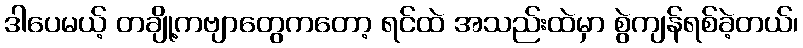
ဒါပေမယ့် တချို့ကဗျာတွေကတော့ ရင်ထဲ အသည်းထဲမှာ စွဲကျန်ရစ်ခဲ့တယ်၊